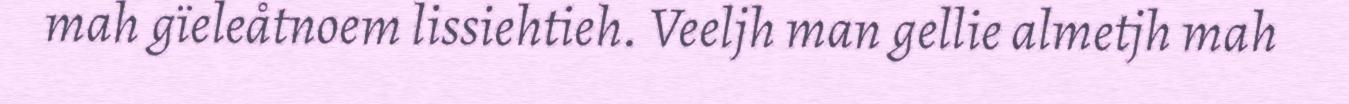
mah gïeleåtnoem lissiehtieh. Veeljh man gellie almetjh mah